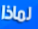
لماذا